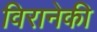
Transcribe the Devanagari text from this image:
विरानेकी